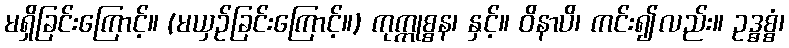
မရှိခြင်းကြောင့်။ (မယှဉ်ခြင်းကြောင့်။) ကုက္ကုစ္စန၊ နှင့်။ ဝိနာပိ၊ ကင်း၍လည်း။ ဥဒ္ဓစ္စံ၊